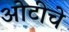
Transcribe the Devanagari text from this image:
ओटीचे